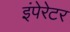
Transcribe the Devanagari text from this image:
इंपेरेटर